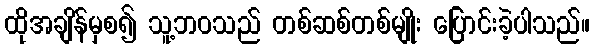
ထိုအချိန်မှစ၍ သူ့ဘဝသည် တစ်ဆစ်တစ်မျိုး ပြောင်းခဲ့ပါသည်။